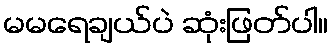
မမရေချယ်ပဲ ဆုံးဖြတ်ပါ။